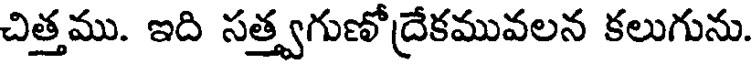
చిత్తము. ఇది సత్త్వగుణోద్రేకమువలన కలుగును.